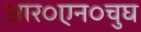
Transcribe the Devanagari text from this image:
आर०एन०चुघ